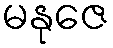
မနုဇေ